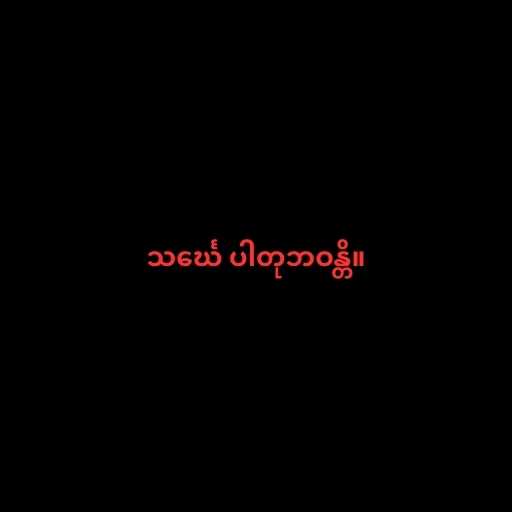
သင်္ဃေ ပါတုဘဝန္တိ။